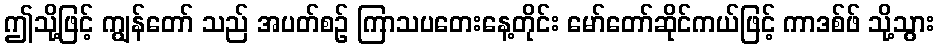
ဤသို့ဖြင့် ကျွန်တော် သည် အပတ်စဉ် ကြာသပတေးနေ့တိုင်း မော်တော်ဆိုင်ကယ်ဖြင့် ကာဒစ်ဖ် သို့သွား